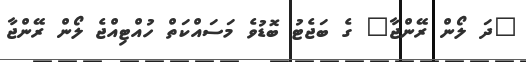
"ދަ ލޯން ރޭންޖާ" ގެ ބަޖެޓު ބޮޑުވެ މަސައްކަތް ހުއްޓިއްޖެ ލޯން ރޭންޖާ